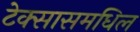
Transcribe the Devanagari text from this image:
टेक्सासमधिल